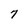
Character: 7